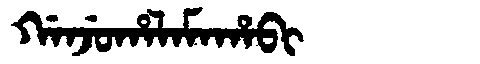
Manchu: ᡤᠠᠨᠵᡠᡥᠠᠯᠠᠮᠠᡥᠠᠪᡳ
Romanization: GANJUHALAMAHABI